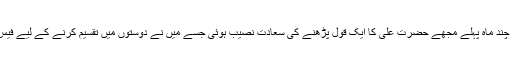
مجھے یاد آ رہا ہے کہ چند ماہ پہلے مجھے حضرت علی ؑکا ایک قول پڑھنے کی سعادت نصیب ہوئی جسے میں نے دوستوں میں تقسیم کرنے کے لیے فیس بُک پر چسپاں کردیا ۔